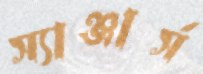
স্যাঞ্জার্স